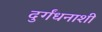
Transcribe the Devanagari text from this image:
दुर्गंधनाशी